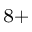
^ { 8 + }